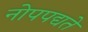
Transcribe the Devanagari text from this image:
नोपपद्यते